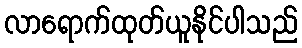
လာရောက်ထုတ်ယူနိုင်ပါသည်